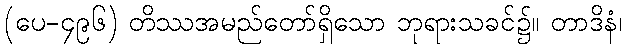
(ပေ-၄၉၆) တိဿအမည်တော်ရှိသော ဘုရားသခင်၌။ တာဒိနံ၊